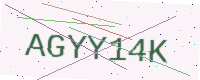
Text: AGYY14K